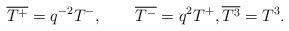
LaTeX: \begin{align*}\overline{T^{+}}=q^{-2}T^{-},\qquad\overline{T^{-}}=q^{2}T^{+},\overline{T^{3}}=T^{3}.\end{align*}